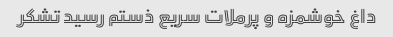
داغ خوشمزه و پرملات سریع ذستم رسید تشکر